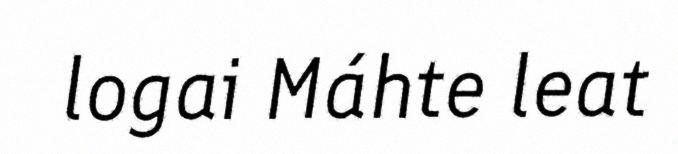
logai Máhte leat